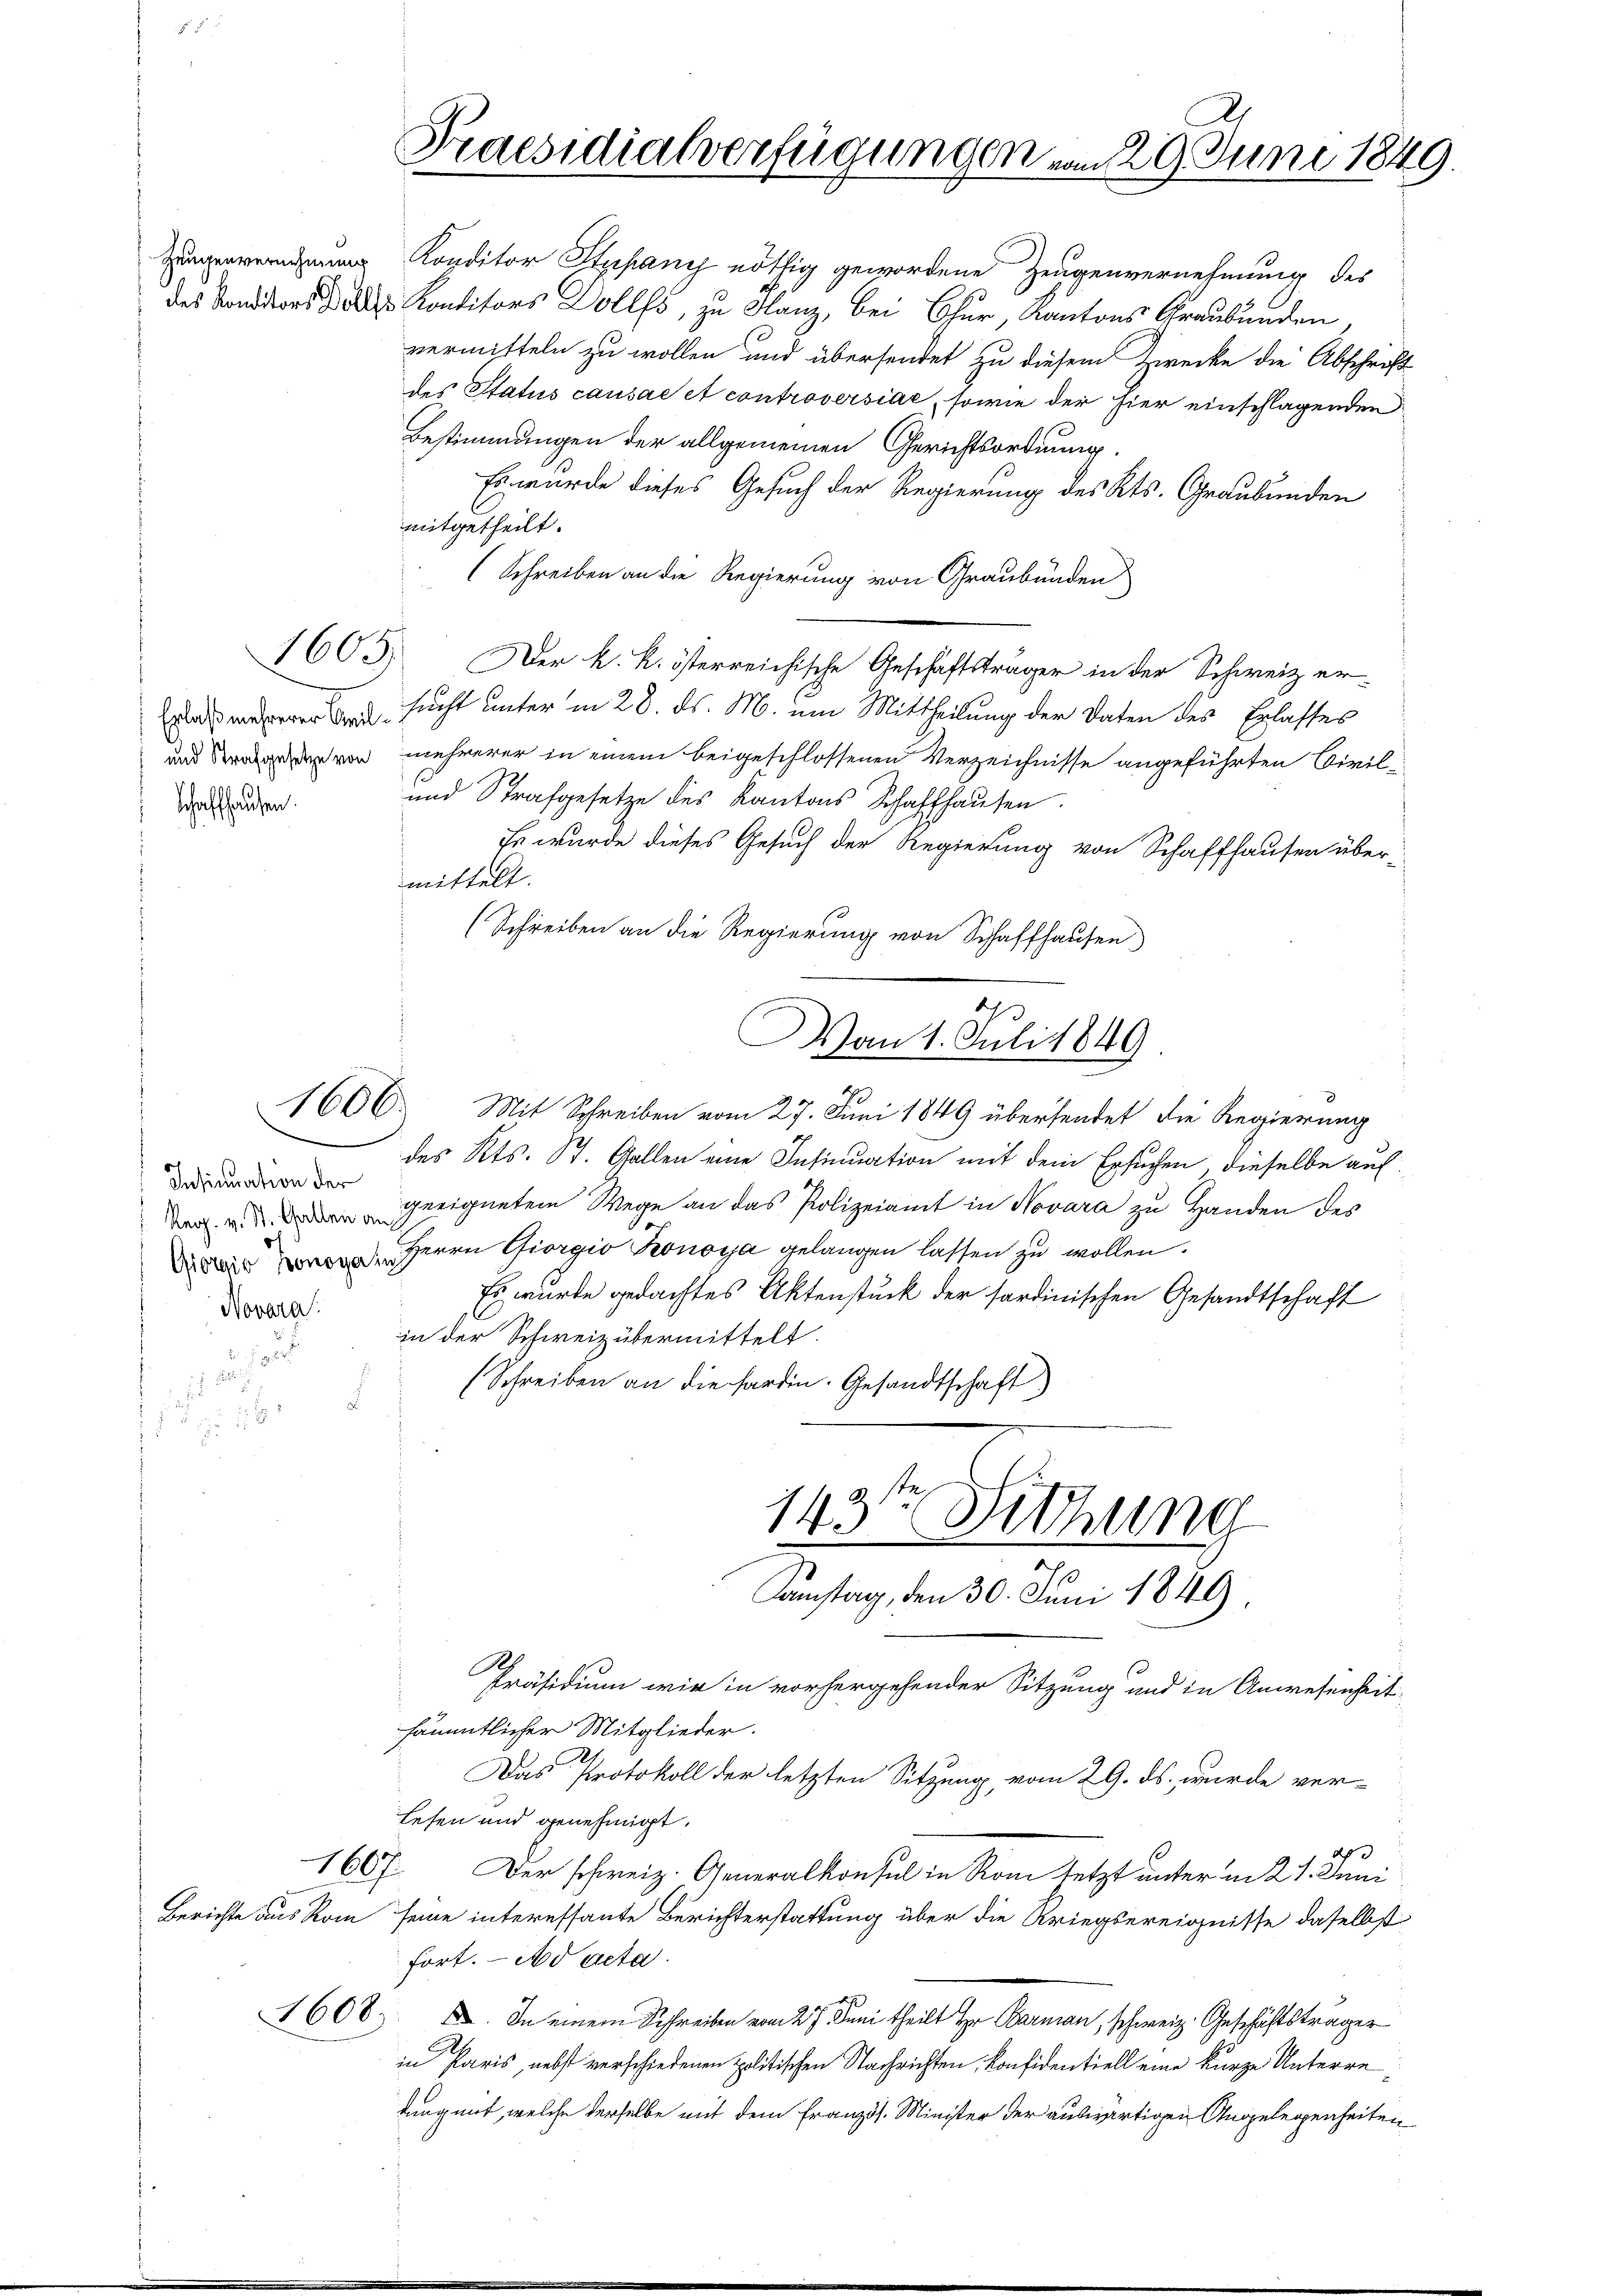
Insinuation der

Novara:

Schaffhausen.

1800.

des des Konditors Dollfs, zu Hanz, bei Chur, Kantons Graubünden
vermitteln zu wollen und übersendet zu diesem Zwecke die Abschrift
des Status causae et controversiae, sowie der hier einschlagenden
Bestimmungen der allgemeinen Gerichtsordnung.
Es wurde dieses Gesuch der Regierung des Kts. Graubünden
mitgetheilt.
(Schreiben an die Regierung von Graubünden
1605. Der k. k. österreichische Geschäftsträger in der Schweiz er-
e sucht unter in 28. ds. M. um Mittheilung der Daten des Erlasses
und von mehrerer in einem beigeschlossenen Verzeichnisse angeführten Binds¬
und Strafgesetze des Kantons Schaffhausen.
Es wurde dieses Gesuch der Regierung von Schaffhausen über-
mittelt.
(Schreiben an die Regierung von Schaffhausen
Mit Schreiben vom 27. Juni 1849 übersendet die Regierung
des Kts. St. Gallen eine Insinuation mit dem Ersuchen, dieselbe auf
Ver. v. den geeigneten Wege an das Polizeiamt in Novara zu Handen des
Hern Giorgio Ronoya gelangen lassen zu wollen.
Es wurde gedachtes Aktenstück der sordinischen Gesandtschaft
in der Schweiz übermittelt.
(Schreiben an die fardin. Gesandtschaft)
143te Sitzung
d
Samstag, den 30. Juni 1849
Präsidium wir in vorhergehender Sitzung und in Anwesenheit
sämmtlicher Mitglieder.
Das Protokoll der letzten Sitzung, vom 29. ds. wurde ver-
Lesen und genehmigt.
1607.
Der schweiz. Generalkonsul in Rom letzt unter in 21. Juni
Berichte aus Rom seine interessante Berichterstattung über die Kriegsereignisse daselbst
fort. ad acta.
1608. I. In einem Schreiben vom 27. Juni theilt Hr Barmann, schweiz. Geschäftsträger
in Paris, nebst verschiedenen politischen Nachrichten, konfidentiell eine kurze Unterredung mit, welche derselbe mit dem Französ. Minister der auswärtigen Angelegenheiten

Praesidialverfügungen vom 29. Juni 1849.

Zeugenvernehmung Konditor Stupany nöthig gewordene Zeugenvernehmung des

Dan 1. Juli 1849